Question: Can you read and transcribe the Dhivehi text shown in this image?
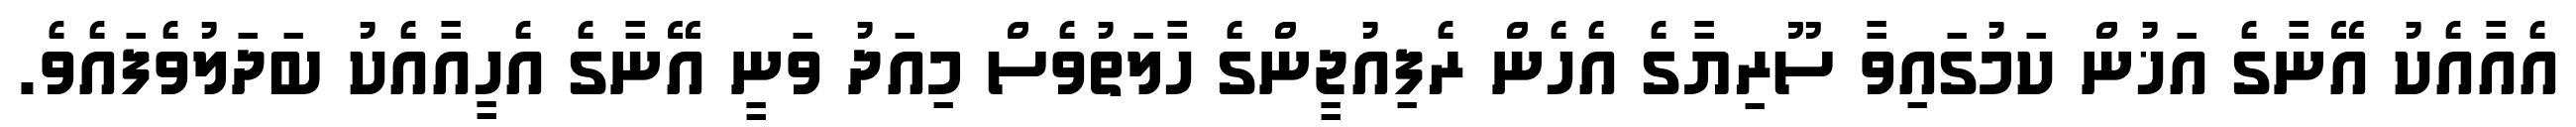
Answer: އެއާއެކު އޭނާގެ އަޚުން ކަމުގައިވާ ސޫރިޔާގެ އެހެން ރެފިއުޖީންގެ ހާލަތުވެސް މިއަދު ވަނީ އޭނާގެ އެހީއާއެކު ބަދަލުވެފައެވެ.